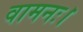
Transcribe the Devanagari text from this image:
वामनः।